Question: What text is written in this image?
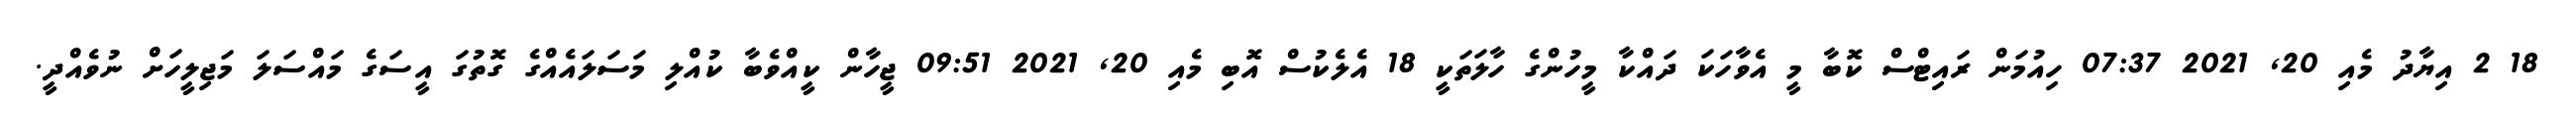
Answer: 18 2 އިޔާދު މެއި 20, 2021 07:37 ހިއުމަން ރައިޓްސް ކޮބާ މީ އެވާހަކަ ދައްކާ މީހުންގެ ހާލަތަކީ 18 އެލެކުސް އޮބި މެއި 20, 2021 09:51 ޖީހާން ކީއްވެބާ ކުއްލި މަސަލައެއްގެ ގޮތުގަ އީސަގެ މައްސަލަ މަޖިލީހަށް ނުވެއްދީ.